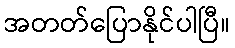
အတတ်ပြောနိုင်ပါပြီ။